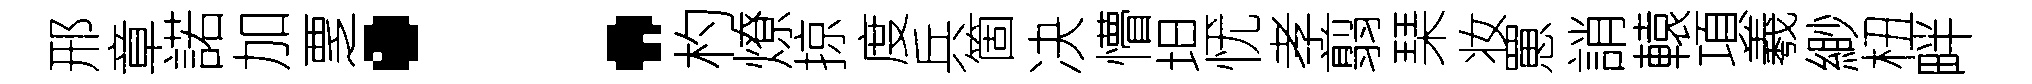
邢章諾加覂：杓燎掠度兵箇决懵坦忧孝翦琹妆罳誚轅項羲緲杻畔